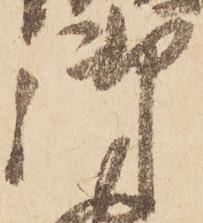
御